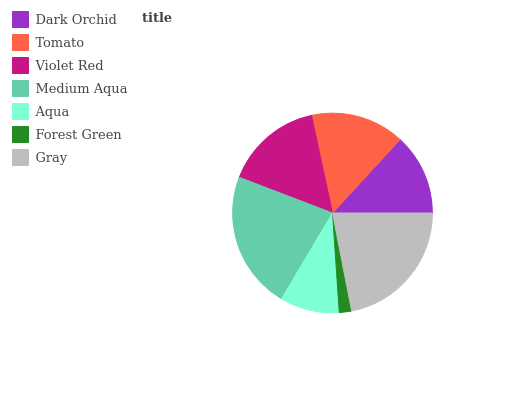
| Dark Orchid | Tomato | Violet Red | Medium Aqua | Aqua | Forest Green | Gray |
 | --- | --- | --- | --- | --- | --- | --- |
 | 13.1% | 15.2% | 15.8% | 22.3% | 9.61% | 1.99% | 22% |